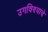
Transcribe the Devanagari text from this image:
उगविण्याचे